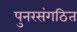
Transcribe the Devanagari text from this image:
पुनरसंगठित